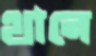
থানে